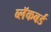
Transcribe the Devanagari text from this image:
ब्लॅकबर्ड